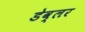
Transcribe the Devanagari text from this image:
डेव्लर